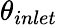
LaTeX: \theta_{inlet}